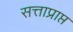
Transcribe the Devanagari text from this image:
सत्ताप्राप्त